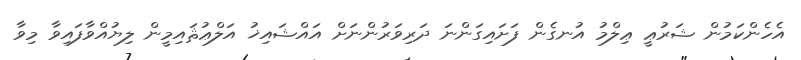
އެހެންކަމުން ޝަރުޢީ ޢިލްމު އުނގެން ފަށައިގަންނަ ދަރިވަރުންނަށް އައްޝައިޚު އަލްޢުޘައިމީން ލިޔުއްވާފައިވާ މިވާ